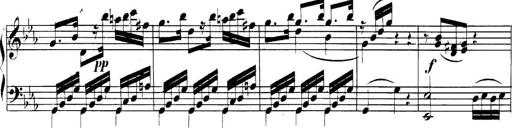
Title: Collected Piano Sonatas
Composer: Muzio Clementi